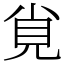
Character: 覍